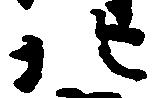
北